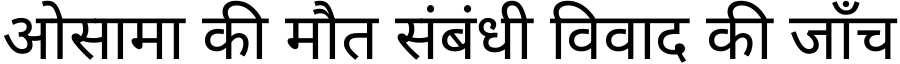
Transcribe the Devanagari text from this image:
ओसामा की मौत संबंधी विवाद की जाँच